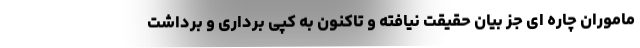
ماموران چاره ای جز بیان حقیقت نیافته و تاکنون به کپی برداری و برداشت